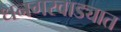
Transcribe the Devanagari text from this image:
धनगरवाड्यात